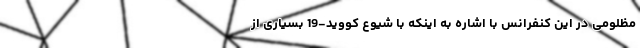
مظلومی در این کنفرانس با اشاره به اینکه با شیوع کووید-19 بسیاری از